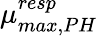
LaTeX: \mu_{max,PH}^{resp}